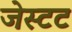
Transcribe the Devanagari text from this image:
जेस्टट